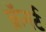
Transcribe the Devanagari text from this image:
क्रॅनर्ट